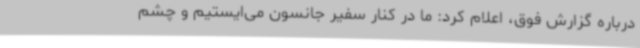
درباره گزارش فوق، اعلام کرد: ما در کنار سفیر جانسون می‌ایستیم و چشم